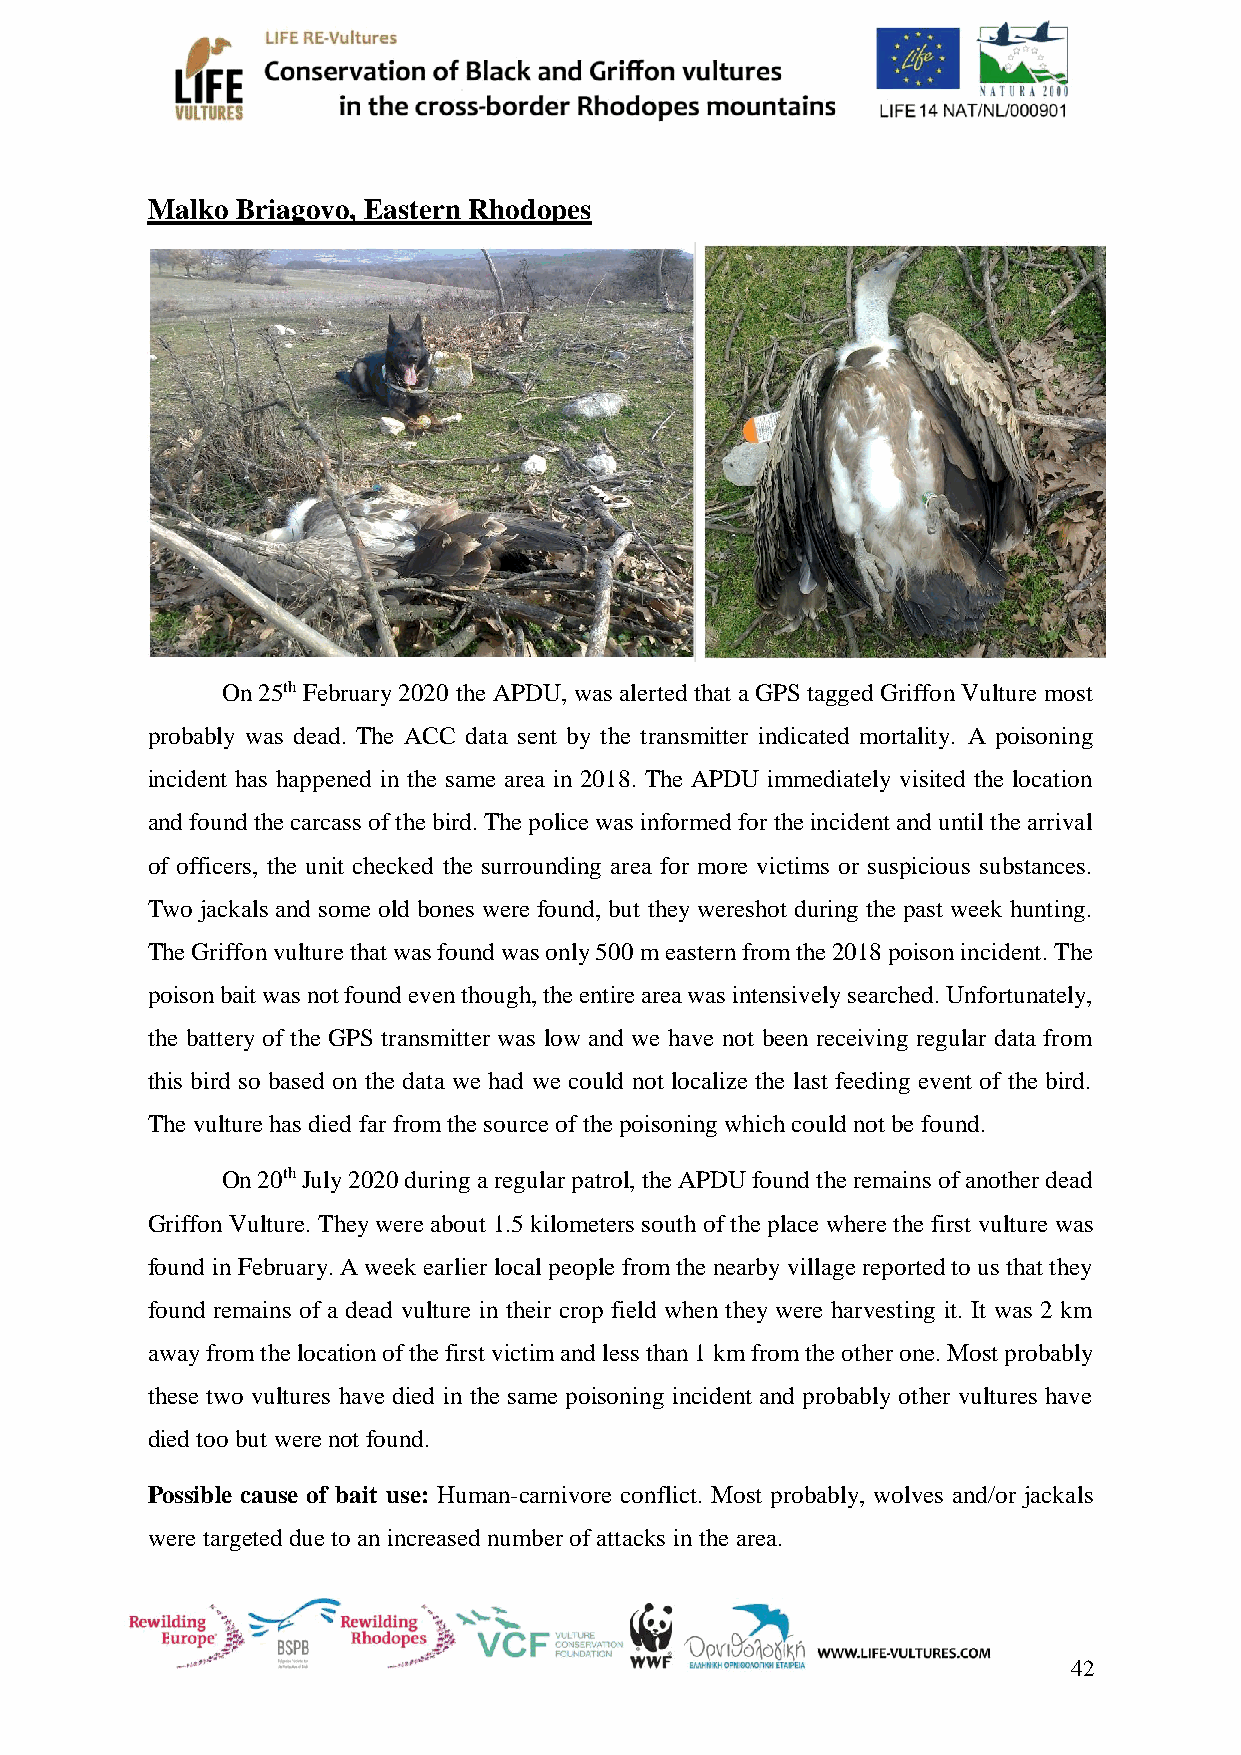
Malko Briagovo, Eastern Rhodopes
 On 25th February 2020 the APDU, was alerted that a GPS tagged Griffon Vulture most
 probably was dead. The ACC data sent by the transmitter indicated mortality. A poisoning
 incident has happened in the same area in 2018. The APDU immediately visited the location
 and found the carcass of the bird. The police was informed for the incident and until the arrival
 of officers, the unit checked the surrounding area for more victims or suspicious substances.
 Two jackals and some old bones were found, but they wereshot during the past week hunting.
 The Griffon vulture that was found was only 500 m eastern from the 2018 poison incident. The
 poison bait was not found even though, the entire area was intensively searched. Unfortunately,
 the battery of the GPS transmitter was low and we have not been receiving regular data from
 this bird so based on the data we had we could not localize the last feeding event of the bird.
 The vulture has died far from the source of the poisoning which could not be found.
 On 20th July 2020 during a regular patrol, the APDU found the remains of another dead
 Griffon Vulture. They were about 1.5 kilometers south of the place where the first vulture was
 found in February. A week earlier local people from the nearby village reported to us that they
 found remains of a dead vulture in their crop field when they were harvesting it. It was 2 km
 away from the location of the first victim and less than 1 km from the other one. Most probably
 these two vultures have died in the same poisoning incident and probably other vultures have
 died too but were not found.
 Possible cause of bait use: Human-carnivore conflict. Most probably, wolves and/or jackals
 were targeted due to an increased number of attacks in the area.
 42